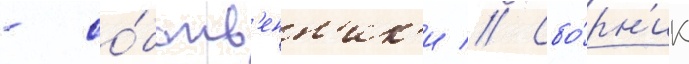
- со́бств'енн'ик'и // Сбо́рн'ик